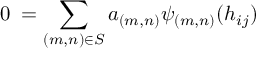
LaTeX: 0 \; = \sum _ { { ( m , n ) } \in { \cal S } } a _ { ( m , n ) } { \psi _ { ( m , n ) } } ( { h _ { i j } } )